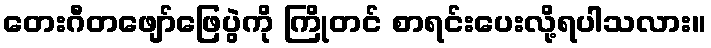
တေးဂီတဖျော်ဖြေပွဲကို ကြိုတင် စာရင်းပေးလို့ရပါသလား။